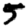
Digit: 5